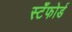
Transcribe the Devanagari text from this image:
स्टँफोर्ड